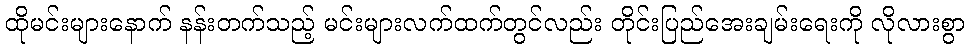
ထိုမင်းများနောက် နန်းတက်သည့် မင်းများလက်ထက်တွင်လည်း တိုင်းပြည်အေးချမ်းရေးကို လိုလားစွာ